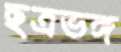
ছত্রভঙ্গ